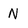
Character: N